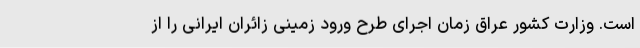
است. وزارت کشور عراق زمان اجرای طرح ورود زمینی زائران ایرانی را از